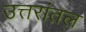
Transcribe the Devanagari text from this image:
उत्तरांतल